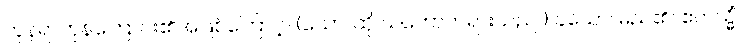
ကုန်ရာကုန်ကြောင်း၏အဖြစ်ကြောင့်။ (သော၊ ထို သဘောတရားသည်။) ခယော၊ မည်၏။ ဧတသ္မိံ၊